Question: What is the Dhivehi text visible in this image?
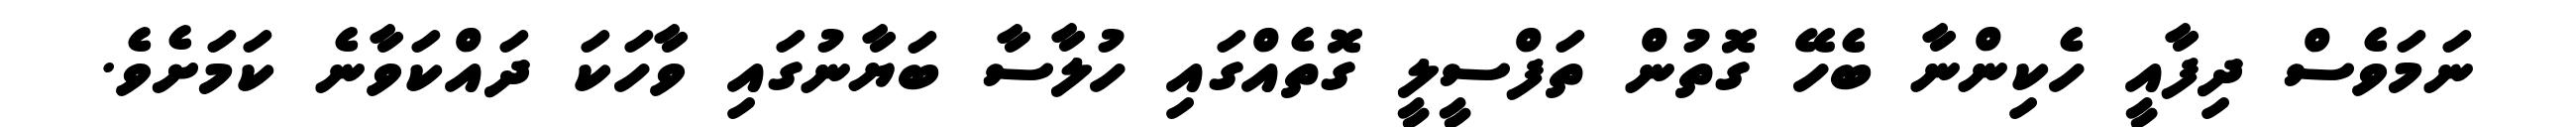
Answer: ނަމަވެސް ދިފާއީ ހެކިންނާ ބެހޭ ގޮތުން ތަފްސީލީ ގޮތެއްގައި ހުލާސާ ބަޔާނުގައި ވާހަކަ ދައްކަވާނެ ކަމަށެވެ.